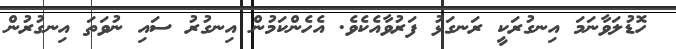
ހޮޑުލަވާނަމަ އިނގުރަކީ ރަނގަޅު ފަރުވާއެކެވެ. އެހެންކަމުން އިނގުރު ސައި ނުވަތަ އިނގުރުން